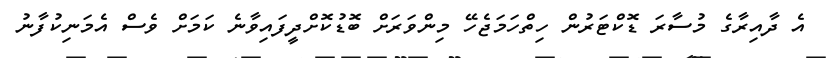
އެ ދާއިރާގެ މުސާރަ ޑޮކްޓަރުން ހިތްހަމަޖެހޭ މިންވަރަށް ބޮޑުކޮށްދީފައިވާނެ ކަމަށް ވެސް އެމަނިކުފާނު